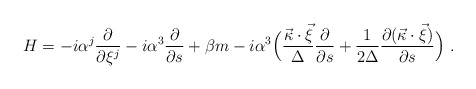
\begin{align*}H=-i {\alpha}^j \frac{\partial}{\partial \xi^j} -i {\alpha}^3 \frac{\partial}{\partial s} + \beta m - i {\alpha}^3 \Bigl( \frac{\vec{\kappa}\cdot \vec{\xi}}{\Delta}\frac{\partial}{\partial s} + \frac{1}{2 \Delta} \frac{\partial (\vec{\kappa}\cdot \vec{\xi})}{\partial s} \Bigr)\ . \end{align*}